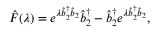
\hat { F } ( \lambda ) = e ^ { \lambda \hat { b } _ { 2 } ^ { \dagger } \hat { b } _ { 2 } } \hat { b } _ { 2 } ^ { \dagger } - \hat { b } _ { 2 } ^ { \dagger } e ^ { \lambda \hat { b } _ { 2 } ^ { \dagger } \hat { b } _ { 2 } } ,